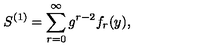
S ^ { ( 1 ) } = \sum _ { r = 0 } ^ { \infty } g ^ { r - 2 } f _ { r } ( y ) ,